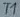
Text: T1